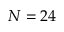
N = 2 4